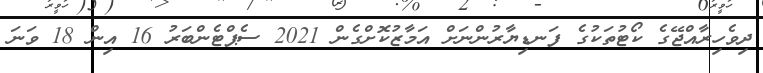
ދިވެހިރާއްޖޭގެ ކޯޓުތަކުގެ ފަނޑިޔާރުންނަށް އަމާޒުކޮށްގެން 2021 ސެޕްޓެންބަރު 16 އިން 18 ވަނަ